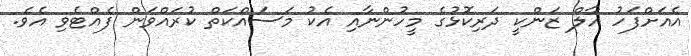
އެއަށްފަހު އާލް ޒަންކީ ދަރިކޮޅުގެ މީހުންނާއި އެކު މަސައްކަތް ކުރައްވަން ފެއްޓެވި އެވެ.